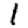
Digit: 1